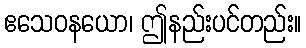
ဧသေဝနယော၊ ဤနည်းပင်တည်း။